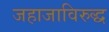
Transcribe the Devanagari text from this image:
जहाजाविरुद्ध